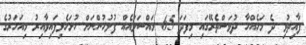
ފާއިތުވި ދެ މަހެއްހާ ދުވަސްތެރޭގައި މިފަދަ 65 މައްސަލައެއް ފުލުހުންނަށް ހުށަހެޅިފައިވާއިރު މިއަހަރުގެ